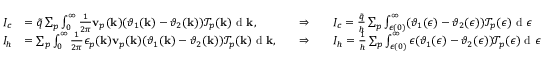
\begin{array} { r l r l } { I _ { c } } & { = \tilde { q } \sum _ { p } \int \displaylimits _ { 0 } ^ { \infty } \frac { 1 } { 2 \pi } \mathbf v _ { p } ( \mathbf k ) ( \vartheta _ { 1 } ( \mathbf k ) - \vartheta _ { 2 } ( \mathbf k ) ) \mathcal { T } _ { p } ( \mathbf k ) \textrm { d } \mathbf k , \quad } & { \Rightarrow \quad } & { I _ { c } = \frac { \tilde { q } } { h } \sum _ { p } \int \displaylimits _ { \epsilon ( 0 ) } ^ { \infty } ( \vartheta _ { 1 } ( \epsilon ) - \vartheta _ { 2 } ( \epsilon ) ) \mathcal { T } _ { p } ( \epsilon ) \textrm { d } \epsilon } \\ { I _ { h } } & { = \sum _ { p } \int \displaylimits _ { 0 } ^ { \infty } \frac { 1 } { 2 \pi } \epsilon _ { p } ( \mathbf k ) \mathbf v _ { p } ( \mathbf k ) ( \vartheta _ { 1 } ( \mathbf k ) - \vartheta _ { 2 } ( \mathbf k ) ) \mathcal { T } _ { p } ( \mathbf k ) \textrm { d } \mathbf k , \quad } & { \Rightarrow \quad } & { I _ { h } = \frac { 1 } { h } \sum _ { p } \int \displaylimits _ { \epsilon ( 0 ) } ^ { \infty } \epsilon ( \vartheta _ { 1 } ( \epsilon ) - \vartheta _ { 2 } ( \epsilon ) ) \mathcal { T } _ { p } ( \epsilon ) \textrm { d } \epsilon } \end{array}